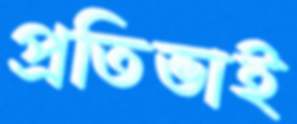
প্রতিভাই